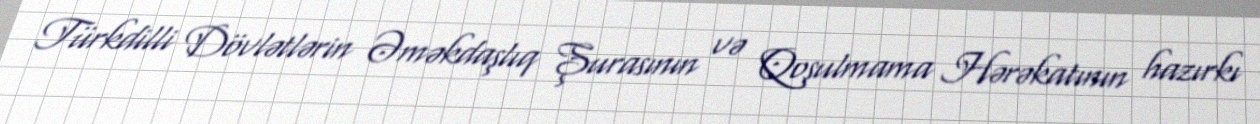
Türkdilli Dövlətlərin Əməkdaşlıq Şurasının və Qoşulmama Hərəkatının hazırkı